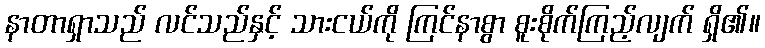
နာတာရှာသည် လင်သည်နှင့် သားငယ်ကို ကြင်နာစွာ စူးစိုက်ကြည့်လျက် ရှိ၏။